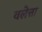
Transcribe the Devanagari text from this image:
वलेत्ता